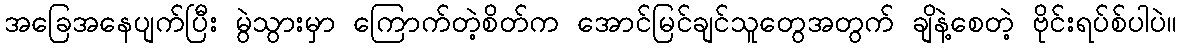
အခြေအနေပျက်ပြီး မွဲသွားမှာ ကြောက်တဲ့စိတ်က အောင်မြင်ချင်သူတွေအတွက် ချိနဲ့စေတဲ့ ဗိုင်းရပ်စ်ပါပဲ။